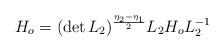
LaTeX: \begin{align*}H_{o}=(\det L_{2})^{\frac{\eta_{2}-\eta_{1}}{2}}L_{2}H_{o}L^{-1}_{2}\end{align*}